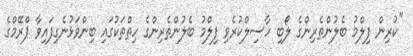
''ކުރިން ފިލްމު ބެލުންތެރިންގެ ލޯބި ހާސިލްކުރެވި ފިލްމު ބެލުންތެރިންގެ ހިތްތަކުގައި ބިންވަޅުނެގިފައިވާ ޕްރޭމްގެ